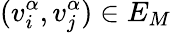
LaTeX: (v_{i}^{\alpha},v_{j}^{\alpha})\in E_{M}